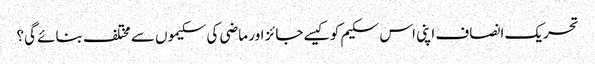
تحریک انصاف اپنی اس سکیم کو کیسے جائز اور ماضی کی سکیموں سے مختلف بنائے گی؟